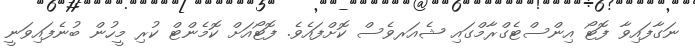
ނަގާފައިވާ ފޮޓޯ އިންސްޓެގްރާމްގައި ޝެއަރވެސް ކޮށްފައެވެ. ފޮޓޯއަށް ކޮމެންޓް ކުރި މީހުން ބުނެފައިވަނީ